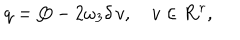
q = Q - 2 \omega _ { 3 } \delta \, v , \quad v \in { \bf R } ^ { r } ,